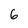
Character: 6